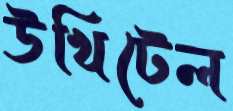
উখিটেল